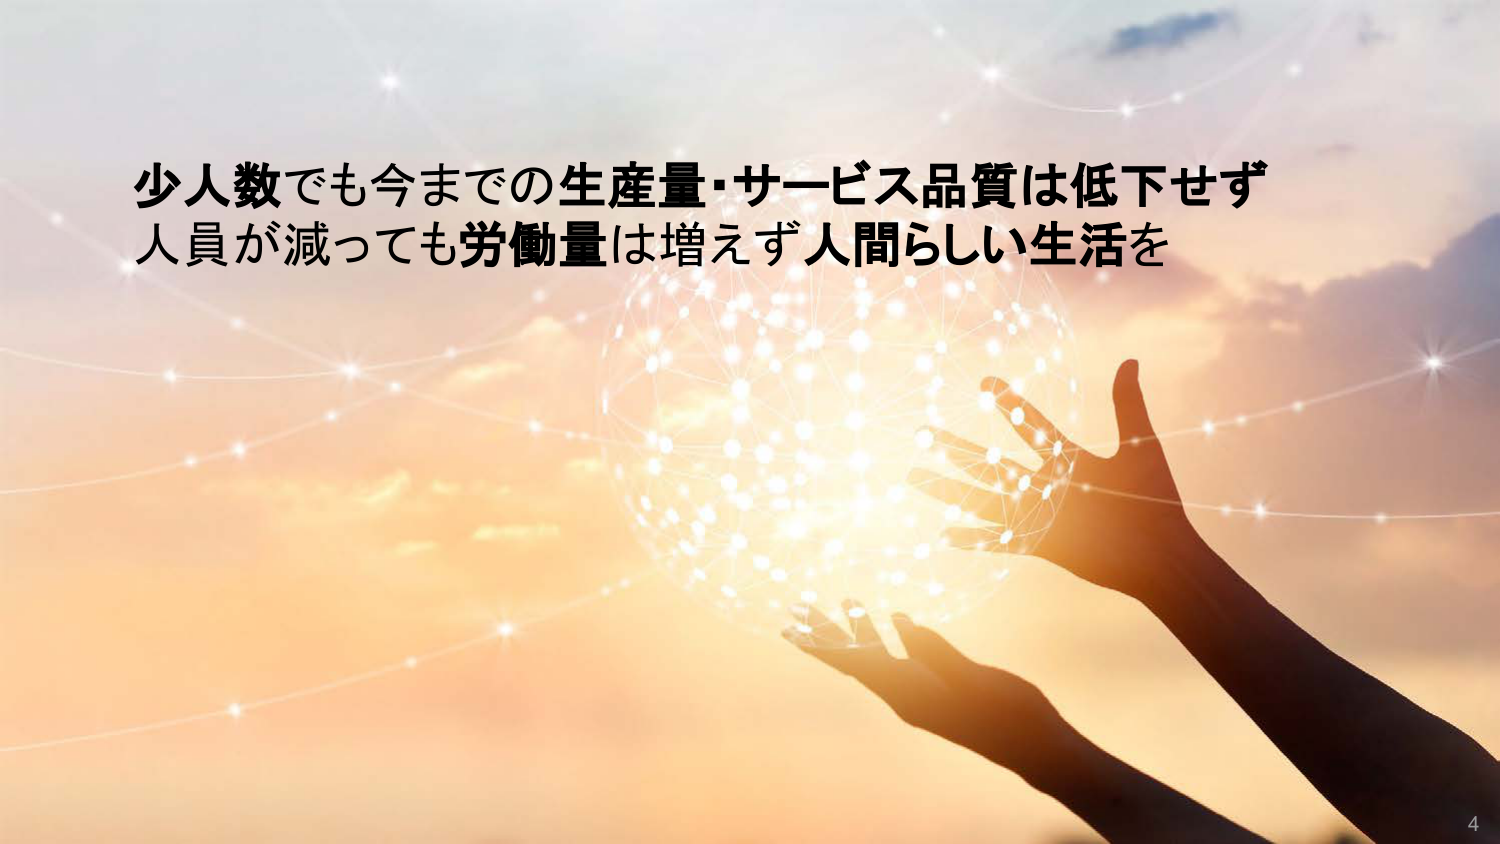
少人数でも今までの生産量・サービス品質は低下せず
人員が減っても労働量は増えず人間らしい生活を
4